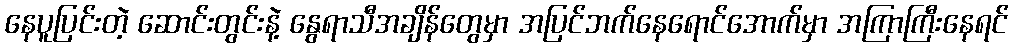
နေပူပြင်းတဲ့ ဆောင်းတွင်းနဲ့ နွေရာသီအချိန်တွေမှာ အပြင်ဘက်နေရောင်အောက်မှာ အကြာကြီးနေရင်